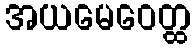
အယမေဝေတ္ထ